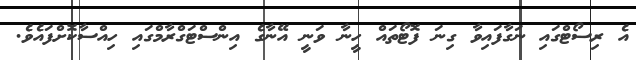
އެ ރިސޯޓްގައި ނަގާފައިވާ ގިނަ ފޮޓޯތައް ހީނާ ވަނީ އޭނާގެ އިންސްޓަގްރާމްގައި ހިއްސާކޮށްފައެވެ.